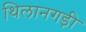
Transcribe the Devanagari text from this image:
थिलानगड़ी